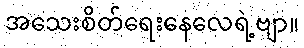
အသေးစိတ်ရေးနေလေရဲ့ဗျာ။